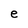
Character: e